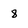
Character: 8